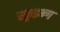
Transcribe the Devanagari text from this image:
स्क्रुइन्ग